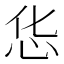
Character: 𱞃